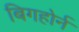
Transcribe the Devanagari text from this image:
बिगहोर्न